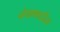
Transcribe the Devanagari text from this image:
चंपाषष्ठीस